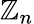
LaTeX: \mathbb{Z}_{n}